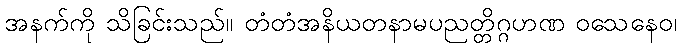
အနက်ကို သိခြင်းသည်။ တံတံအနိယတနာမပညတ္တိဂ္ဂဟဏ ဝသေနေဝ၊